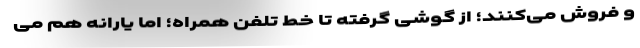
و فروش می‌کنند؛ از گوشی گرفته تا خط تلفن همراه؛ اما یارانه هم می‌